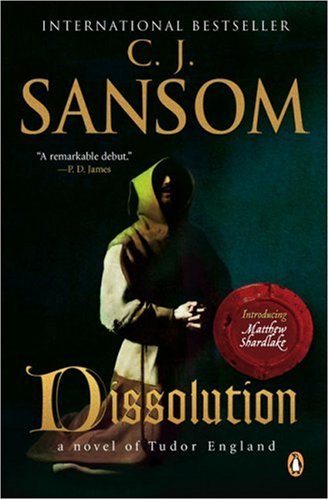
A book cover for Dissolution: A Matthew Shardlake Tudor Mystery (Matthew Shardlake Mysteries); C. J. Sansom; Mystery, Thriller & Suspense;